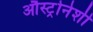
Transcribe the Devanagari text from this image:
औस्ट्रोनेशी